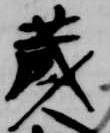
蔵